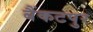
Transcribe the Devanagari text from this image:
बैंकटपुर